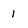
Character: 1